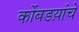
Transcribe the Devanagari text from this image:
कोंबडय़ांचे